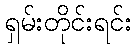
ရှမ်းတိုင်းရင်း